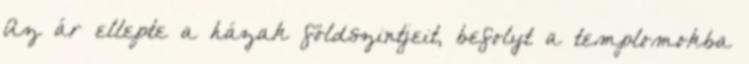
Az ár ellepte a házak földszintjeit, befolyt a templomokba